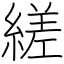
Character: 縒